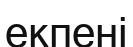
екпені